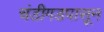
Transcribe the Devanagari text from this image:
चंडीगडपासून